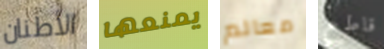
الأطنان يمنعها معالم قاطع